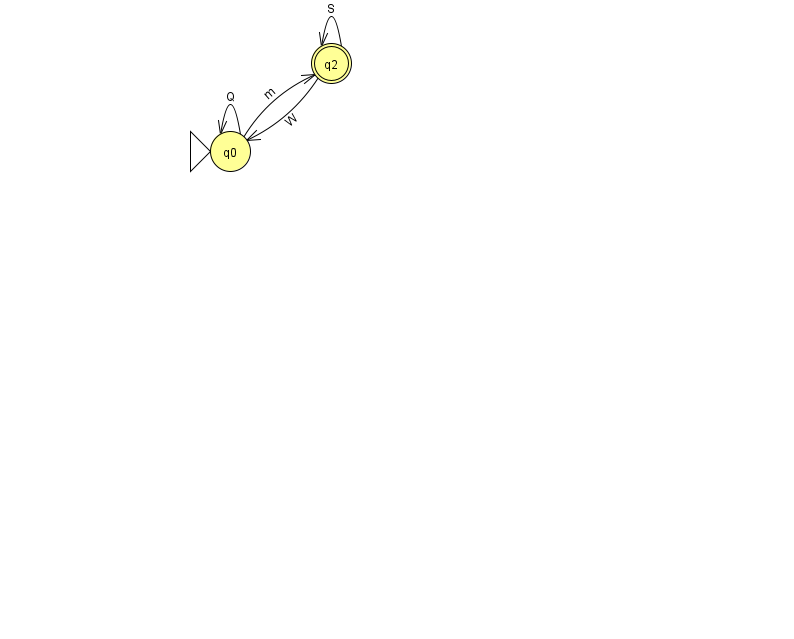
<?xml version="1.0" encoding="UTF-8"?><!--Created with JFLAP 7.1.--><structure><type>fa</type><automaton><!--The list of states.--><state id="0" name="q0"><x>230.0</x><y>138.0</y><initial/></state><state id="2" name="q2"><x>331.0</x><y>50.0</y><final/></state><!--The list of transitions.--><transition><from>0</from><to>0</to><read>Q</read></transition><transition><from>2</from><to>2</to><read>S</read></transition><transition><from>0</from><to>2</to><read>m</read></transition><transition><from>2</from><to>0</to><read>W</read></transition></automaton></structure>